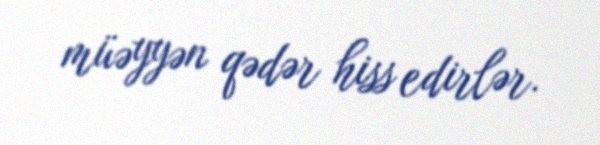
müəyyən qədər hiss edirlər.